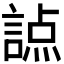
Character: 𧪊